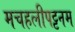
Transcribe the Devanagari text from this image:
मचहलीपट्टनम